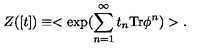
Z ( [ t ] ) \equiv < \exp ( \sum _ { n = 1 } ^ { \infty } t _ { n } \mathrm { T r } \phi ^ { n } ) > .